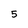
Character: 5